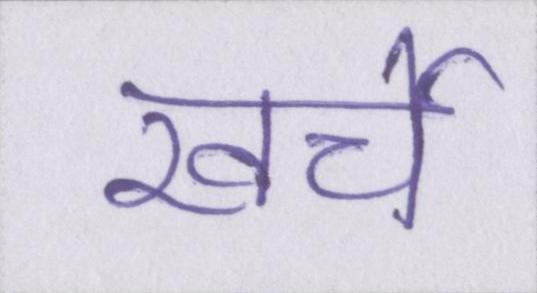
खर्चे